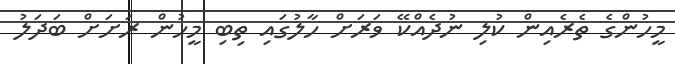
މީހުންގެ ތެރެއިން ކުލި ނުދެއްކޭ ވަރަށް ހާލުގައި ތިބި މީހުން ރަށަށް ބަދަލު